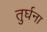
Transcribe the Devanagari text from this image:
तुर्घना